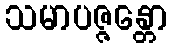
သမာပဇ္ဇန္တော